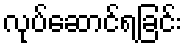
လုပ်ဆောင်ရခြင်း